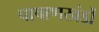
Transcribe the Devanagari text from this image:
पाषाणखंडों